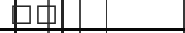
٧٠